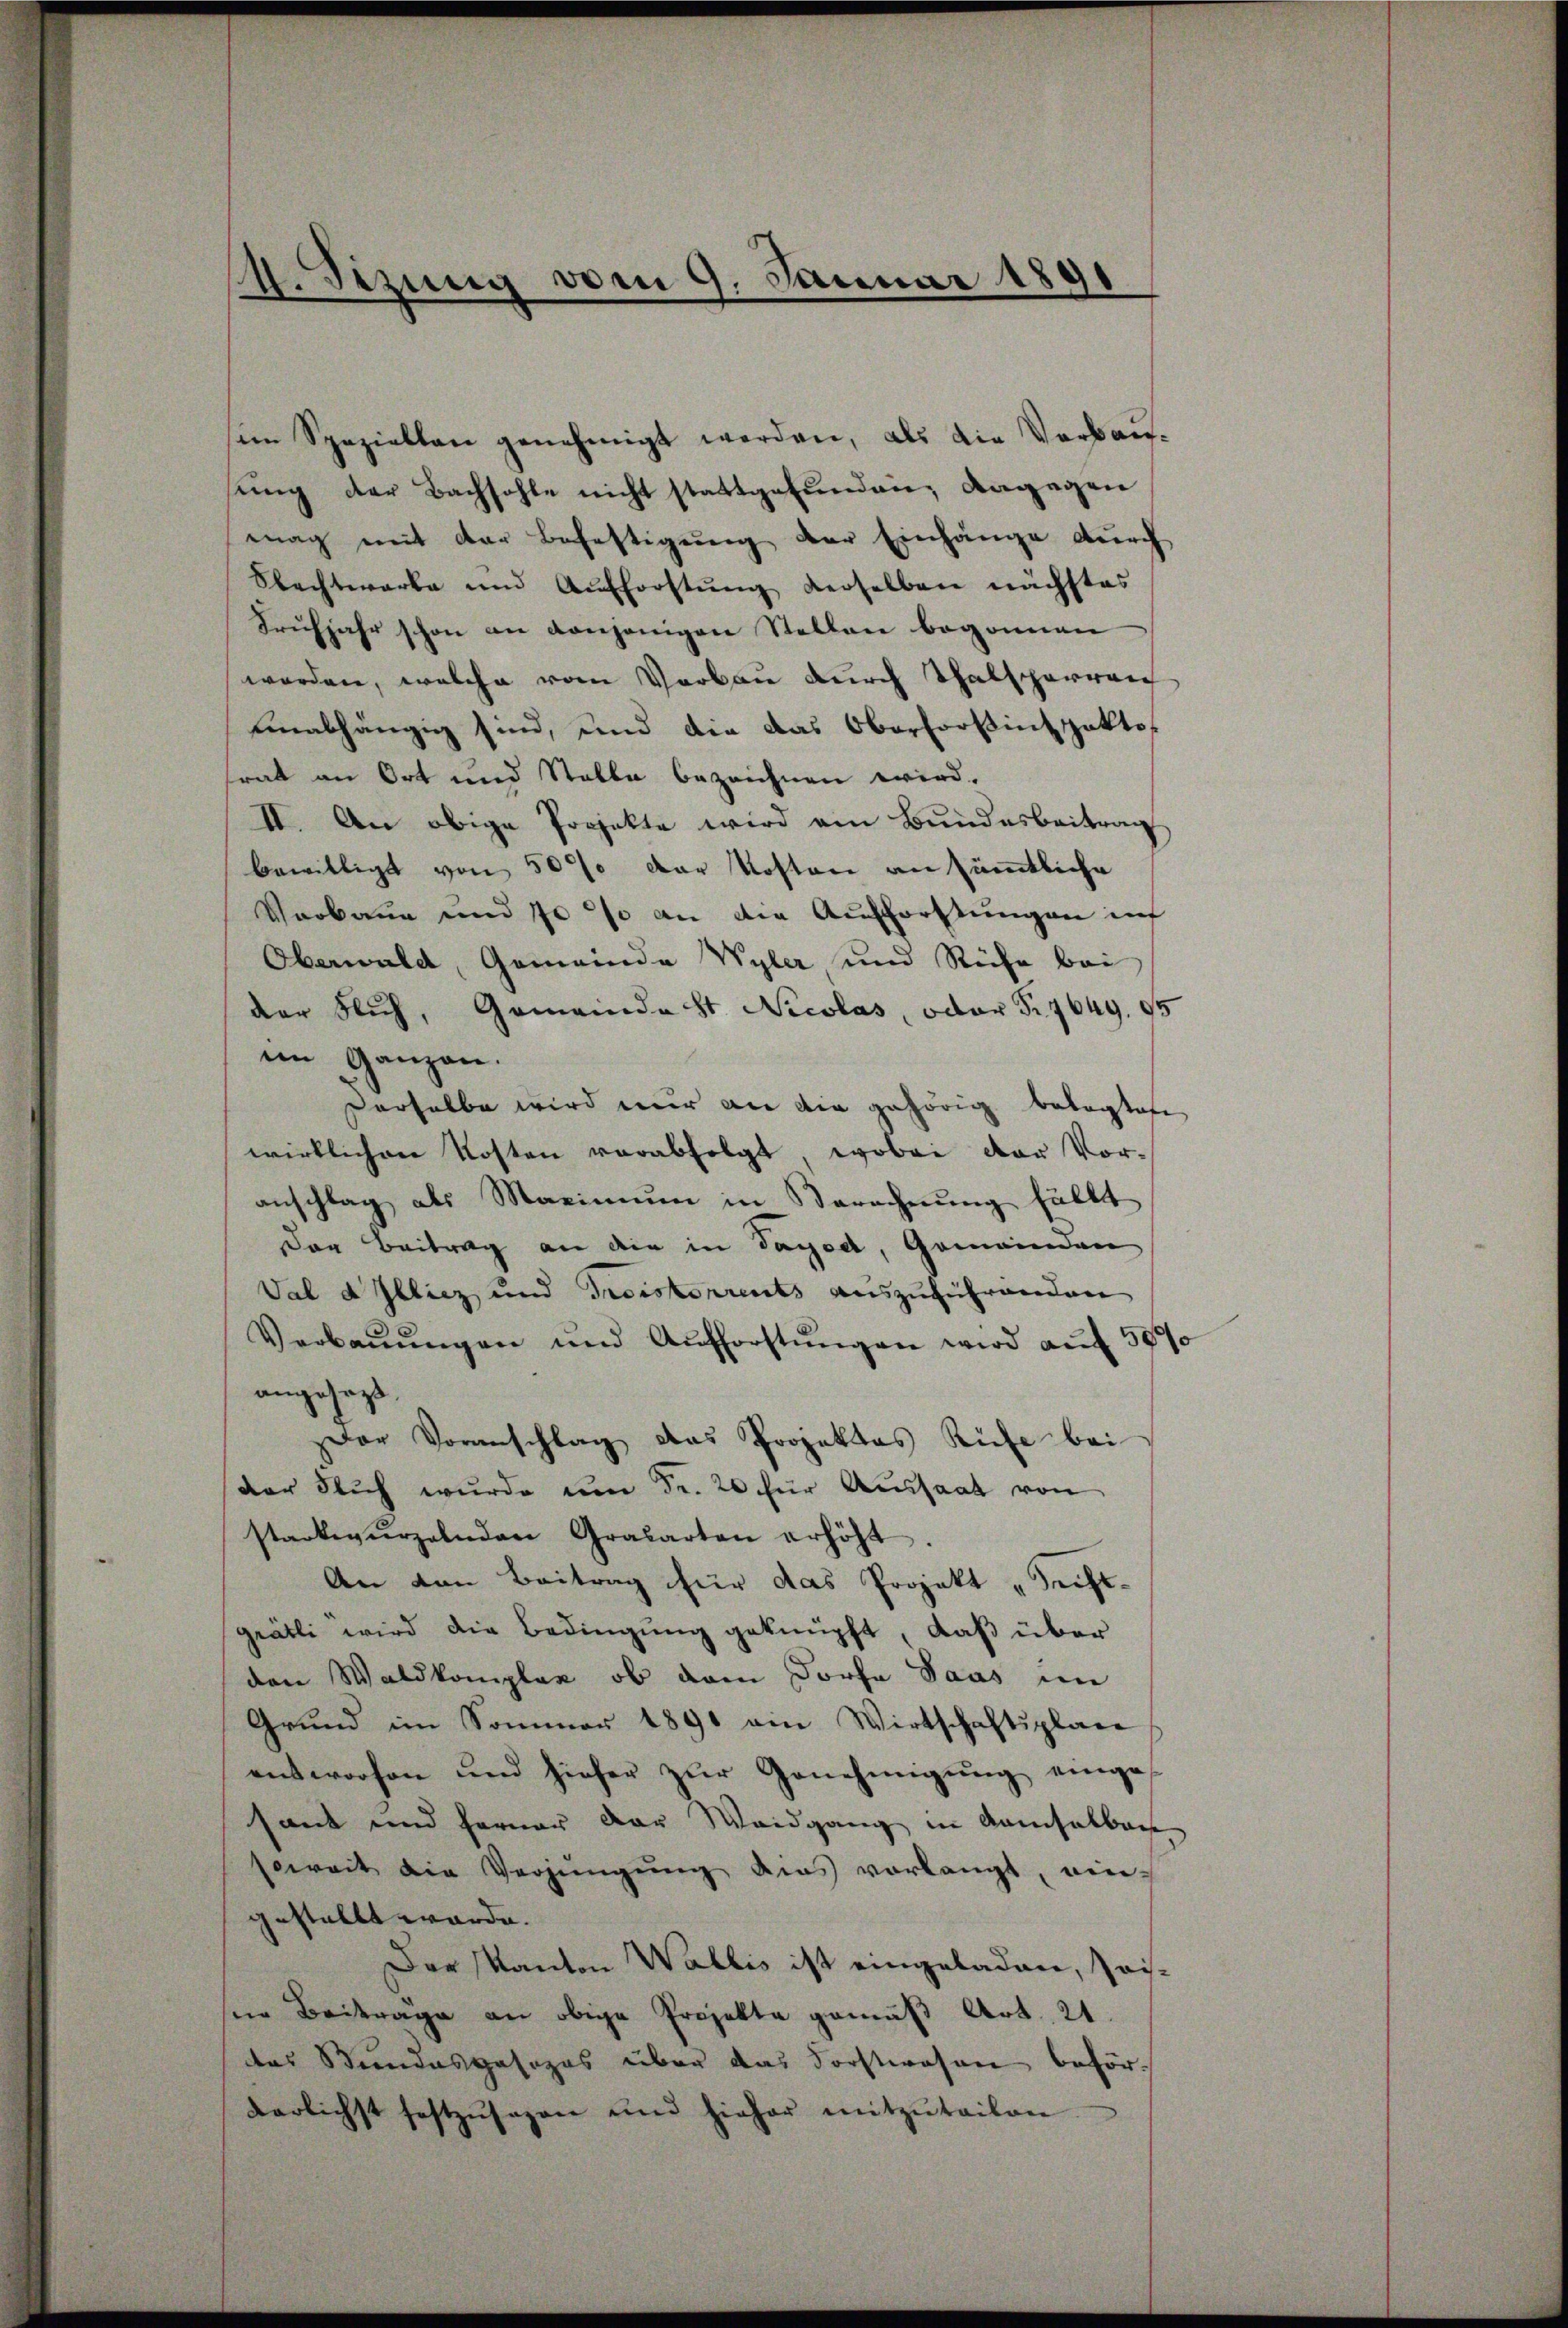
4. Sizung vom 9. Januar 1891

sein Speziellen genehmigt werden, als die Verbau-
ung der Bachsohle nicht stattgefunden; dagegen
mag mit der Befestigung der Einhänge durch
Obechtwarte und Aufforstŭng derselben nächstes
Frühjahr schon an denjenigen Stellen begonnen
worden, welche vom Vorbau durch Thalsperren
unabhängig sind, und die das Oberfortini pakto
trat an Ort und Stalle bezeichnen wird.
II. An obige Projekte wird ein Bundesbeitrag
bewilligt von 50% der Kosten an sämmtliche
Verbaue und 70 % an die Aufforstungen inf
Oberwald, Gemeinde Wyler und Ruhe bei
der Nich, Gemeindast Nicolas, oder S. 7649. 95
im Ganzen.
derselbe wird nur an die gehörig betagtete
wirklichen Kosten verabfolgt, wobei der Vor-
anschlag als Maximum in Berechnung fällt
Der Beitrag an die in Tagod, Gemeinden
Val d Illiez und Triskorrents auszuführenden
Verbaŭŭngen und Aufforstŭngen wird auf 50%
angesezt.
Der Voranschlag das Projektes Rufe bei
der Stuch wurde um Fr. 20 für Aussaat von
starkeŭrzelnden Grasarten erhöht.
An von Beitrag für das Projekt „Triftgrätli wird die Bedingung geknüpft, daß über
den Waldkomplex, ob dem Dorfe Daus im
Grund im Sommer 1890 ein Wirtschaftsplane
entworfen und hieher zur Genehmigung eingessant und ferner der Waidgang in demselben
soweit die Verjüngung dies vorlangt, ein-
gestellt werde.
Der Kanton Wallis ist eingeladen, sais-
in Beitrage an obige Projekte gemäß Art. 21.
das Bundespasozas über das Forstwesen beförderlichst festzŭsagen und hieher mitzŭteilen
¬